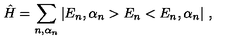
\hat { H } = \sum _ { n , \alpha _ { n } } | E _ { n } , \alpha _ { n } > E _ { n } < E _ { n } , \alpha _ { n } | \ ,